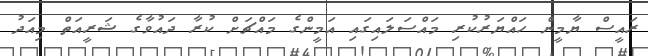
ރައީސް ޔާމީން ހައްޔަރުކުރި މައްސަލައިގައި އަމީންގެ މައްޗަށް ކުރާ ދައުވާގެ ޝަރީއަތް މިއަދު